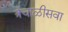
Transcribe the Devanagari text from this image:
त्रेचाळीसवा